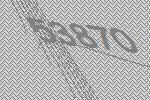
53870